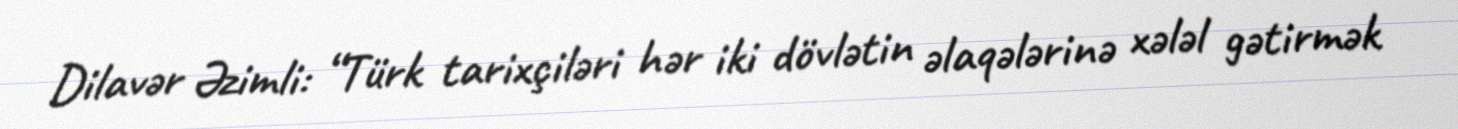
Dilavər Əzimli: “Türk tarixçiləri hər iki dövlətin əlaqələrinə xələl gətirmək